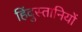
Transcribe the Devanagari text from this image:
हिंदुस्तानियों